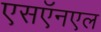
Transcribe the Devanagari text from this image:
एसऍनएल